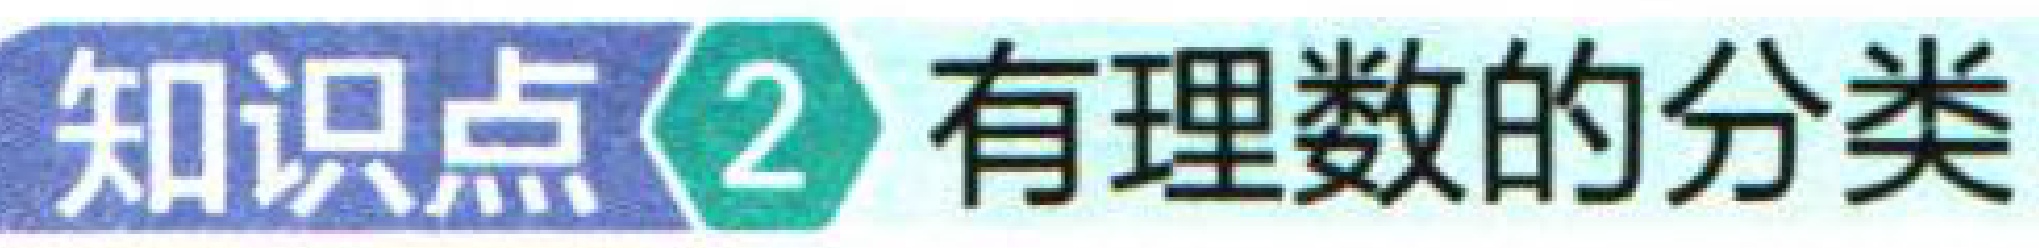
知识点\textcircled{2} 有理数的分类